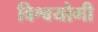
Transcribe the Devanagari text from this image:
विश्वयोगी